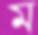
ম